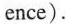
ence).